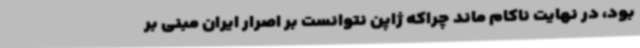
بود، در نهایت ناکام ماند چراکه ژاپن نتوانست بر اصرار ایران مبنی بر